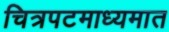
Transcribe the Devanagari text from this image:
चित्रपटमाध्यमात